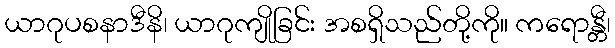
ယာဂုပစနာဒီနိ၊ ယာဂုကျိုခြင်း အစရှိသည်တို့ကို။ ကရောန္တီ၊